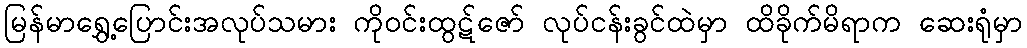
မြန်မာရွှေ့ပြောင်းအလုပ်သမား ကိုဝင်းထွဋ်ဇော် လုပ်ငန်းခွင်ထဲမှာ ထိခိုက်မိရာက ဆေးရုံမှာ